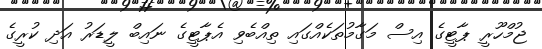
ޖުމްހޫރީ ޕާޓީގެ އިސް މަގާމުތަކެއްގައި ތިއްބެވި އެޕާޓީގެ ނައިބް ލީޑަރު އަދި ކުރީގެ